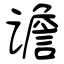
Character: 谵